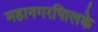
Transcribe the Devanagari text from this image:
महानगरपािलके